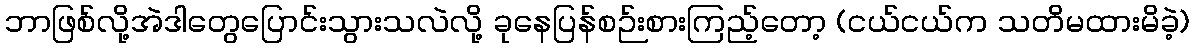
ဘာဖြစ်လို့အဲဒါတွေပြောင်းသွားသလဲလို့ ခုနေပြန်စဉ်းစားကြည့်တော့ (ငယ်ငယ်က သတိမထားမိခဲ့)